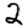
Digit: 2